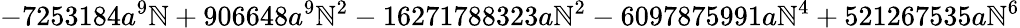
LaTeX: -7253184a^{9}\mathbb{N}+906648a^{9}\mathbb{N}^{2}-16271788323a\mathbb{N}^{2}-6097875991a\mathbb{N}^{4}+521267535a\mathbb{N}^{6}